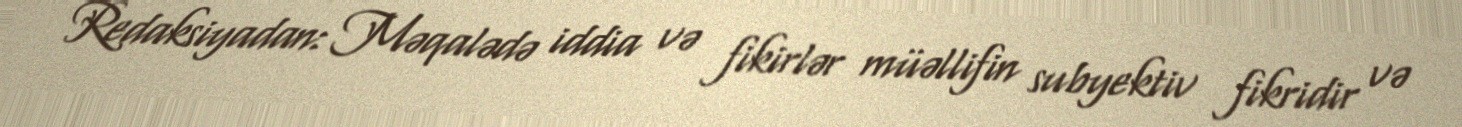
Redaksiyadan: Məqalədə iddia və fikirlər müəllifin subyektiv fikridir və